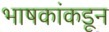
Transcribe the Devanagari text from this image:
भाषकांकडून